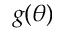
g ( \theta )